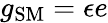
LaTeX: g_{\mathrm{SM}}=\epsilon e